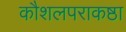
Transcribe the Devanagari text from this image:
कौशलपराकष्ठा